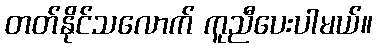
တတ်နိုင်သလောက် ကူညီပေးပါမယ်။